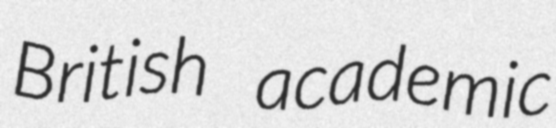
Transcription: British academic